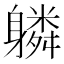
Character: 𨊌